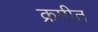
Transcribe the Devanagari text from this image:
क्रमीत